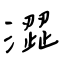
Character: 澀